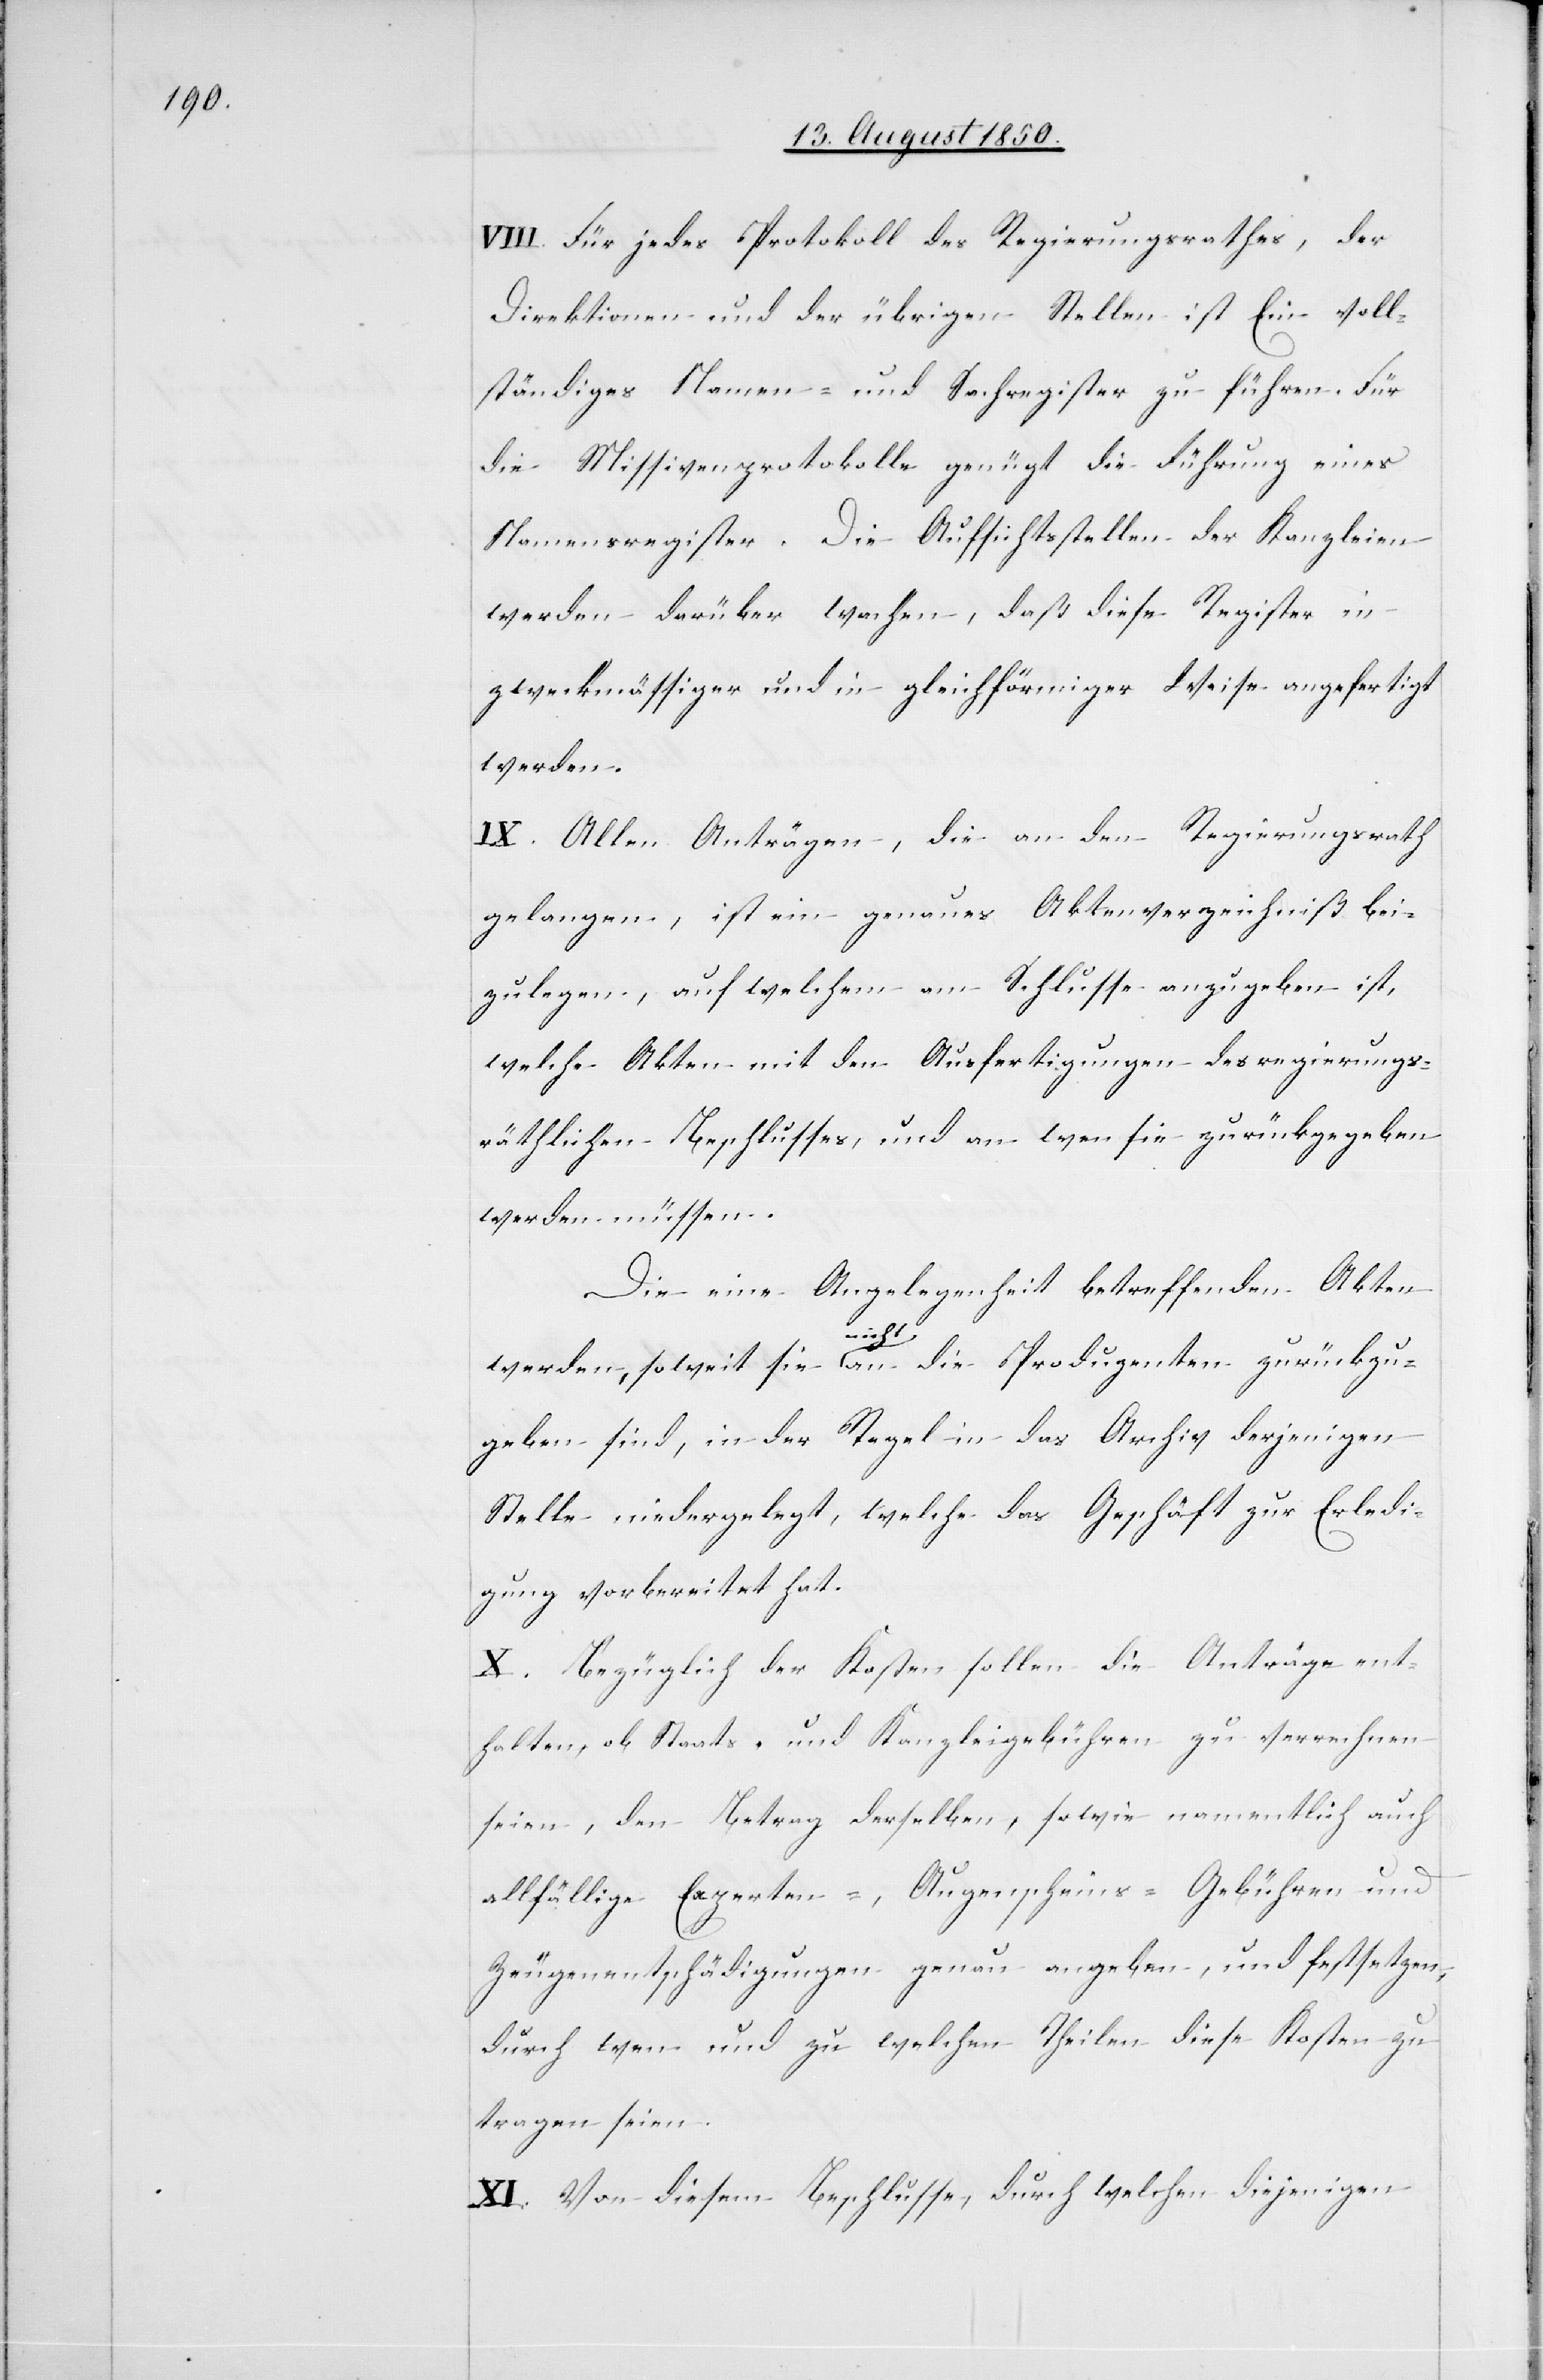
VIII. Für jedes Protokoll des Regierungsrathes, der
Direktionen und der übrigen Stellen ist Ein voll¬
ständiges Namen- und Sachregister zu führen. Für
die Missivenprotokolle genügt die Führung eines
Namensregister. Die Aufsichtsstellen der Kanzleien
werden darüber wachen, daß diese Register in
zweckmässiger und in gleichförmiger Weise angefertigt
werden.
IX. Allen Anträgen, die an den Regierungsrath
gelangen, ist ein genaues Aktenverzeichniß bei¬
zulegen, auf welchem am Schlusse anzugeben ist,
welche Akten mit den Ausfertigungen des regierungs¬
räthlichen Beschlusses, und an wen sie zurückgegeben
werden müssen.
Die eine Angelegenheit betreffenden Akten
werden, so weit sie nicht an die Produzenten zurückzu¬
geben sind, in der Regel in das Archiv derjenigen
Stelle niedergelegt, welche das Geschäft zur Erledi¬
gung vorbereitet hat.
X. Bezüglich der Kosten sollen die Anträge ent¬
halten, ob Staats- und Kanzleigebühren zu verrechnen
seien, den Betrag derselben, sowie namentlich auch
allfällige Experten-, Augenscheins-Gebühren und
Zeugenentschädigungen genau angeben, und festsetzen,
durch wen und zu welchen Theilen diese Kosten zu
tragen seien.
XI. Von diesem Beschlusse, durch welchen diejenigen